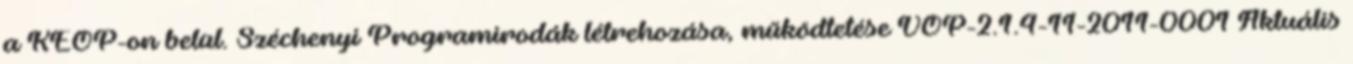
a KEOP-on belül. Széchenyi Programirodák létrehozása, működtetése VOP-2.1.4-11-2011-0001 Aktuális